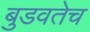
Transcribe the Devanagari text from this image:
बुडवतेच